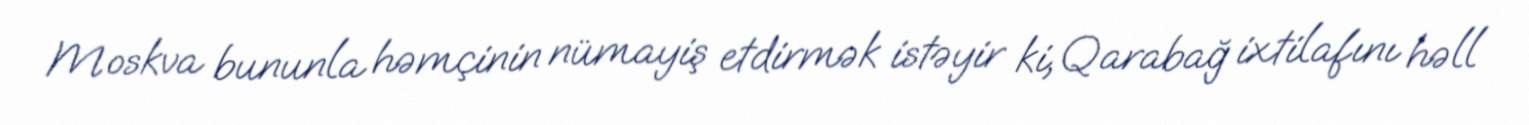
Moskva bununla həmçinin nümayiş etdirmək istəyir ki, Qarabağ ixtilafını həll